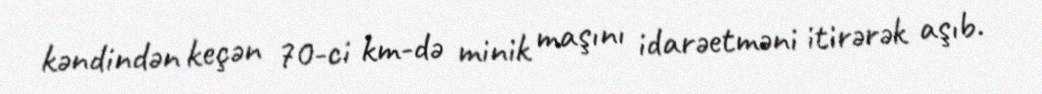
kəndindən keçən 70-ci km-də minik maşını idarəetməni itirərək aşıb.